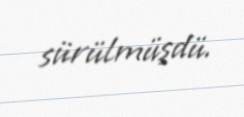
sürülmüşdü.